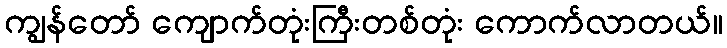
ကျွန်တော် ကျောက်တုံးကြီးတစ်တုံး ကောက်လာတယ်။